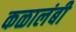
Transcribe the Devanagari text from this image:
कळालंबी